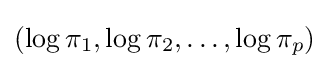
(\log \pi _{1},\log \pi _{2},\dots ,\log \pi _{p})